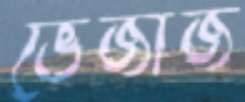
ভেজাজ